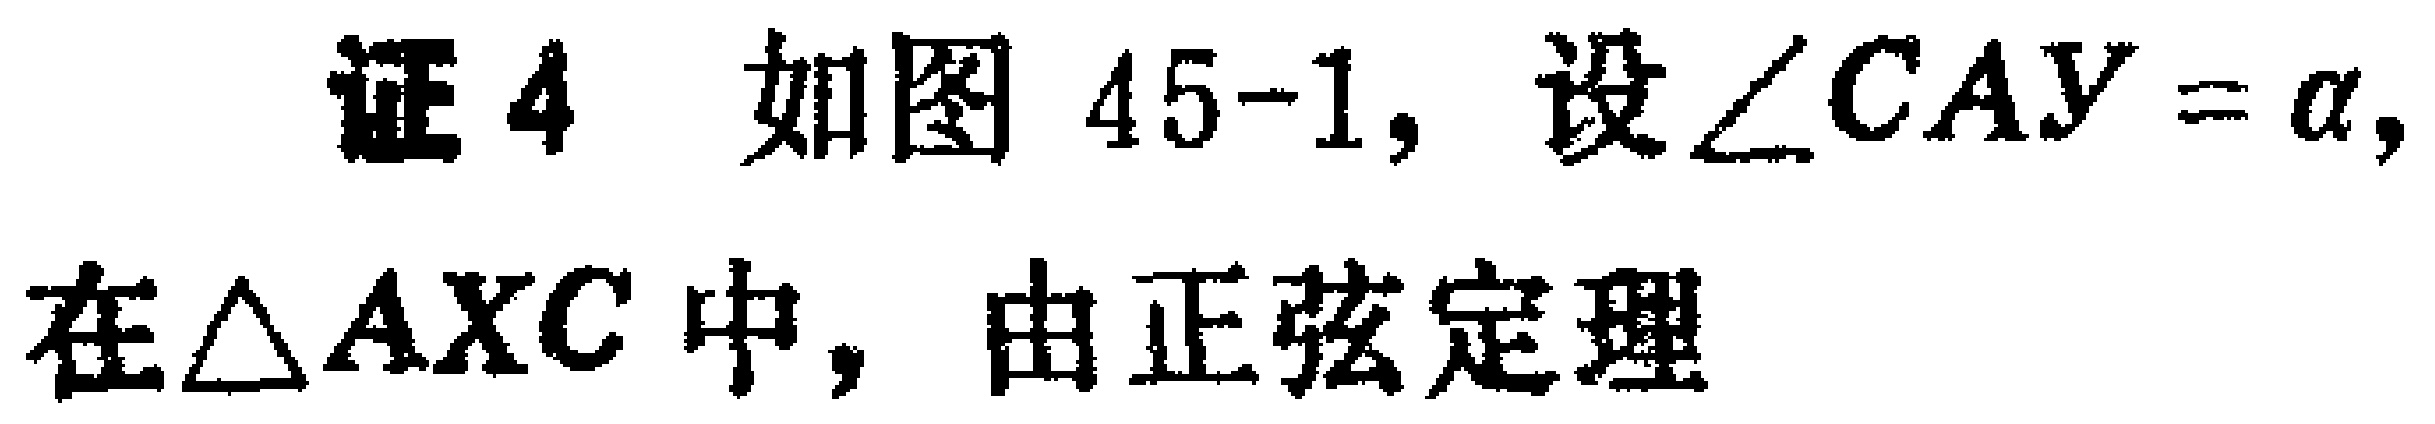
证4 如图45-1, 设$\angle CAY = \alpha,$ 在$\triangle AXC$中, 由正弦定理